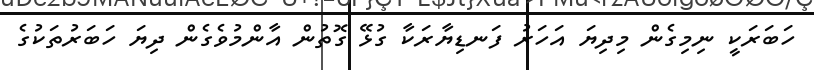
ހަބަރަކީ ނިމިގެން މިދިޔަ އަހަރު ފަނޑިޔާރަކާ ގުޅޭ ގޮތުން އާންމުވެގެން ދިޔަ ހަބަރުތަކުގެ